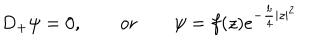
LaTeX: D _ { + } \psi = 0 , \qquad \mathrm { o r } \qquad \psi = f ( z ) e ^ { - \frac { b } { 4 } | z | ^ { 2 } }